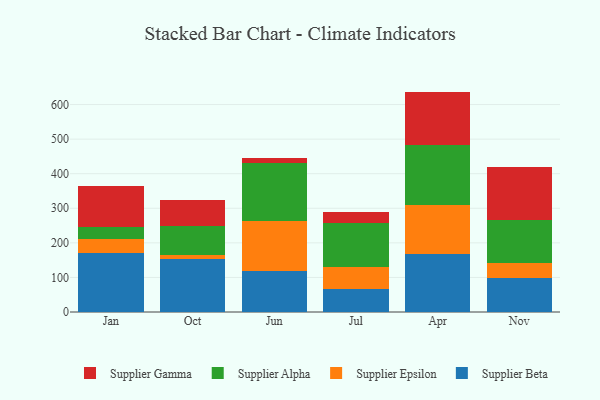
{"axis": {"x": "Month", "y": "Churn Rate (%)"}, "legend": ["Supplier Alpha", "Supplier Beta", "Supplier Epsilon", "Supplier Gamma"], "data": [{"x": "Jan", "y": 171.5, "type": "Supplier Beta"}, {"x": "Jan", "y": 39.8, "type": "Supplier Epsilon"}, {"x": "Jan", "y": 35.6, "type": "Supplier Alpha"}, {"x": "Jan", "y": 117.0, "type": "Supplier Gamma"}, {"x": "Oct", "y": 152.3, "type": "Supplier Beta"}, {"x": "Oct", "y": 13.0, "type": "Supplier Epsilon"}, {"x": "Oct", "y": 84.6, "type": "Supplier Alpha"}, {"x": "Oct", "y": 75.0, "type": "Supplier Gamma"}, {"x": "Jun", "y": 118.6, "type": "Supplier Beta"}, {"x": "Jun", "y": 146.0, "type": "Supplier Epsilon"}, {"x": "Jun", "y": 167.8, "type": "Supplier Alpha"}, {"x": "Jun", "y": 13.2, "type": "Supplier Gamma"}, {"x": "Jul", "y": 66.3, "type": "Supplier Beta"}, {"x": "Jul", "y": 63.3, "type": "Supplier Epsilon"}, {"x": "Jul", "y": 127.5, "type": "Supplier Alpha"}, {"x": "Jul", "y": 33.4, "type": "Supplier Gamma"}, {"x": "Apr", "y": 168.0, "type": "Supplier Beta"}, {"x": "Apr", "y": 141.2, "type": "Supplier Epsilon"}, {"x": "Apr", "y": 175.0, "type": "Supplier Alpha"}, {"x": "Apr", "y": 153.3, "type": "Supplier Gamma"}, {"x": "Nov", "y": 98.6, "type": "Supplier Beta"}, {"x": "Nov", "y": 43.9, "type": "Supplier Epsilon"}, {"x": "Nov", "y": 123.9, "type": "Supplier Alpha"}, {"x": "Nov", "y": 154.2, "type": "Supplier Gamma"}]}